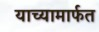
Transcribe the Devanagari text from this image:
याच्यामार्फत